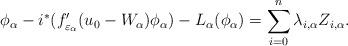
LaTeX: \begin{align*}\phi_\alpha - i^\ast (f^\prime_{\varepsilon_\alpha}(u_0 - W_\alpha)\phi_\alpha )-L_\alpha(\phi_\alpha)=\sum_{i=0}^n \lambda_{i,\alpha} Z_{i,\alpha}. \end{align*}